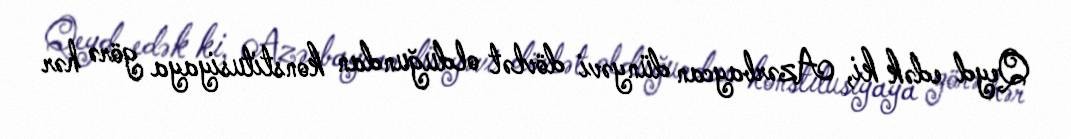
Qeyd edək ki, Azərbaycan dünyəvi dövlət olduğundan konstitusiyaya görə hər